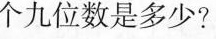
个九位数是多少?